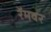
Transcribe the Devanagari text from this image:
रॅमवर